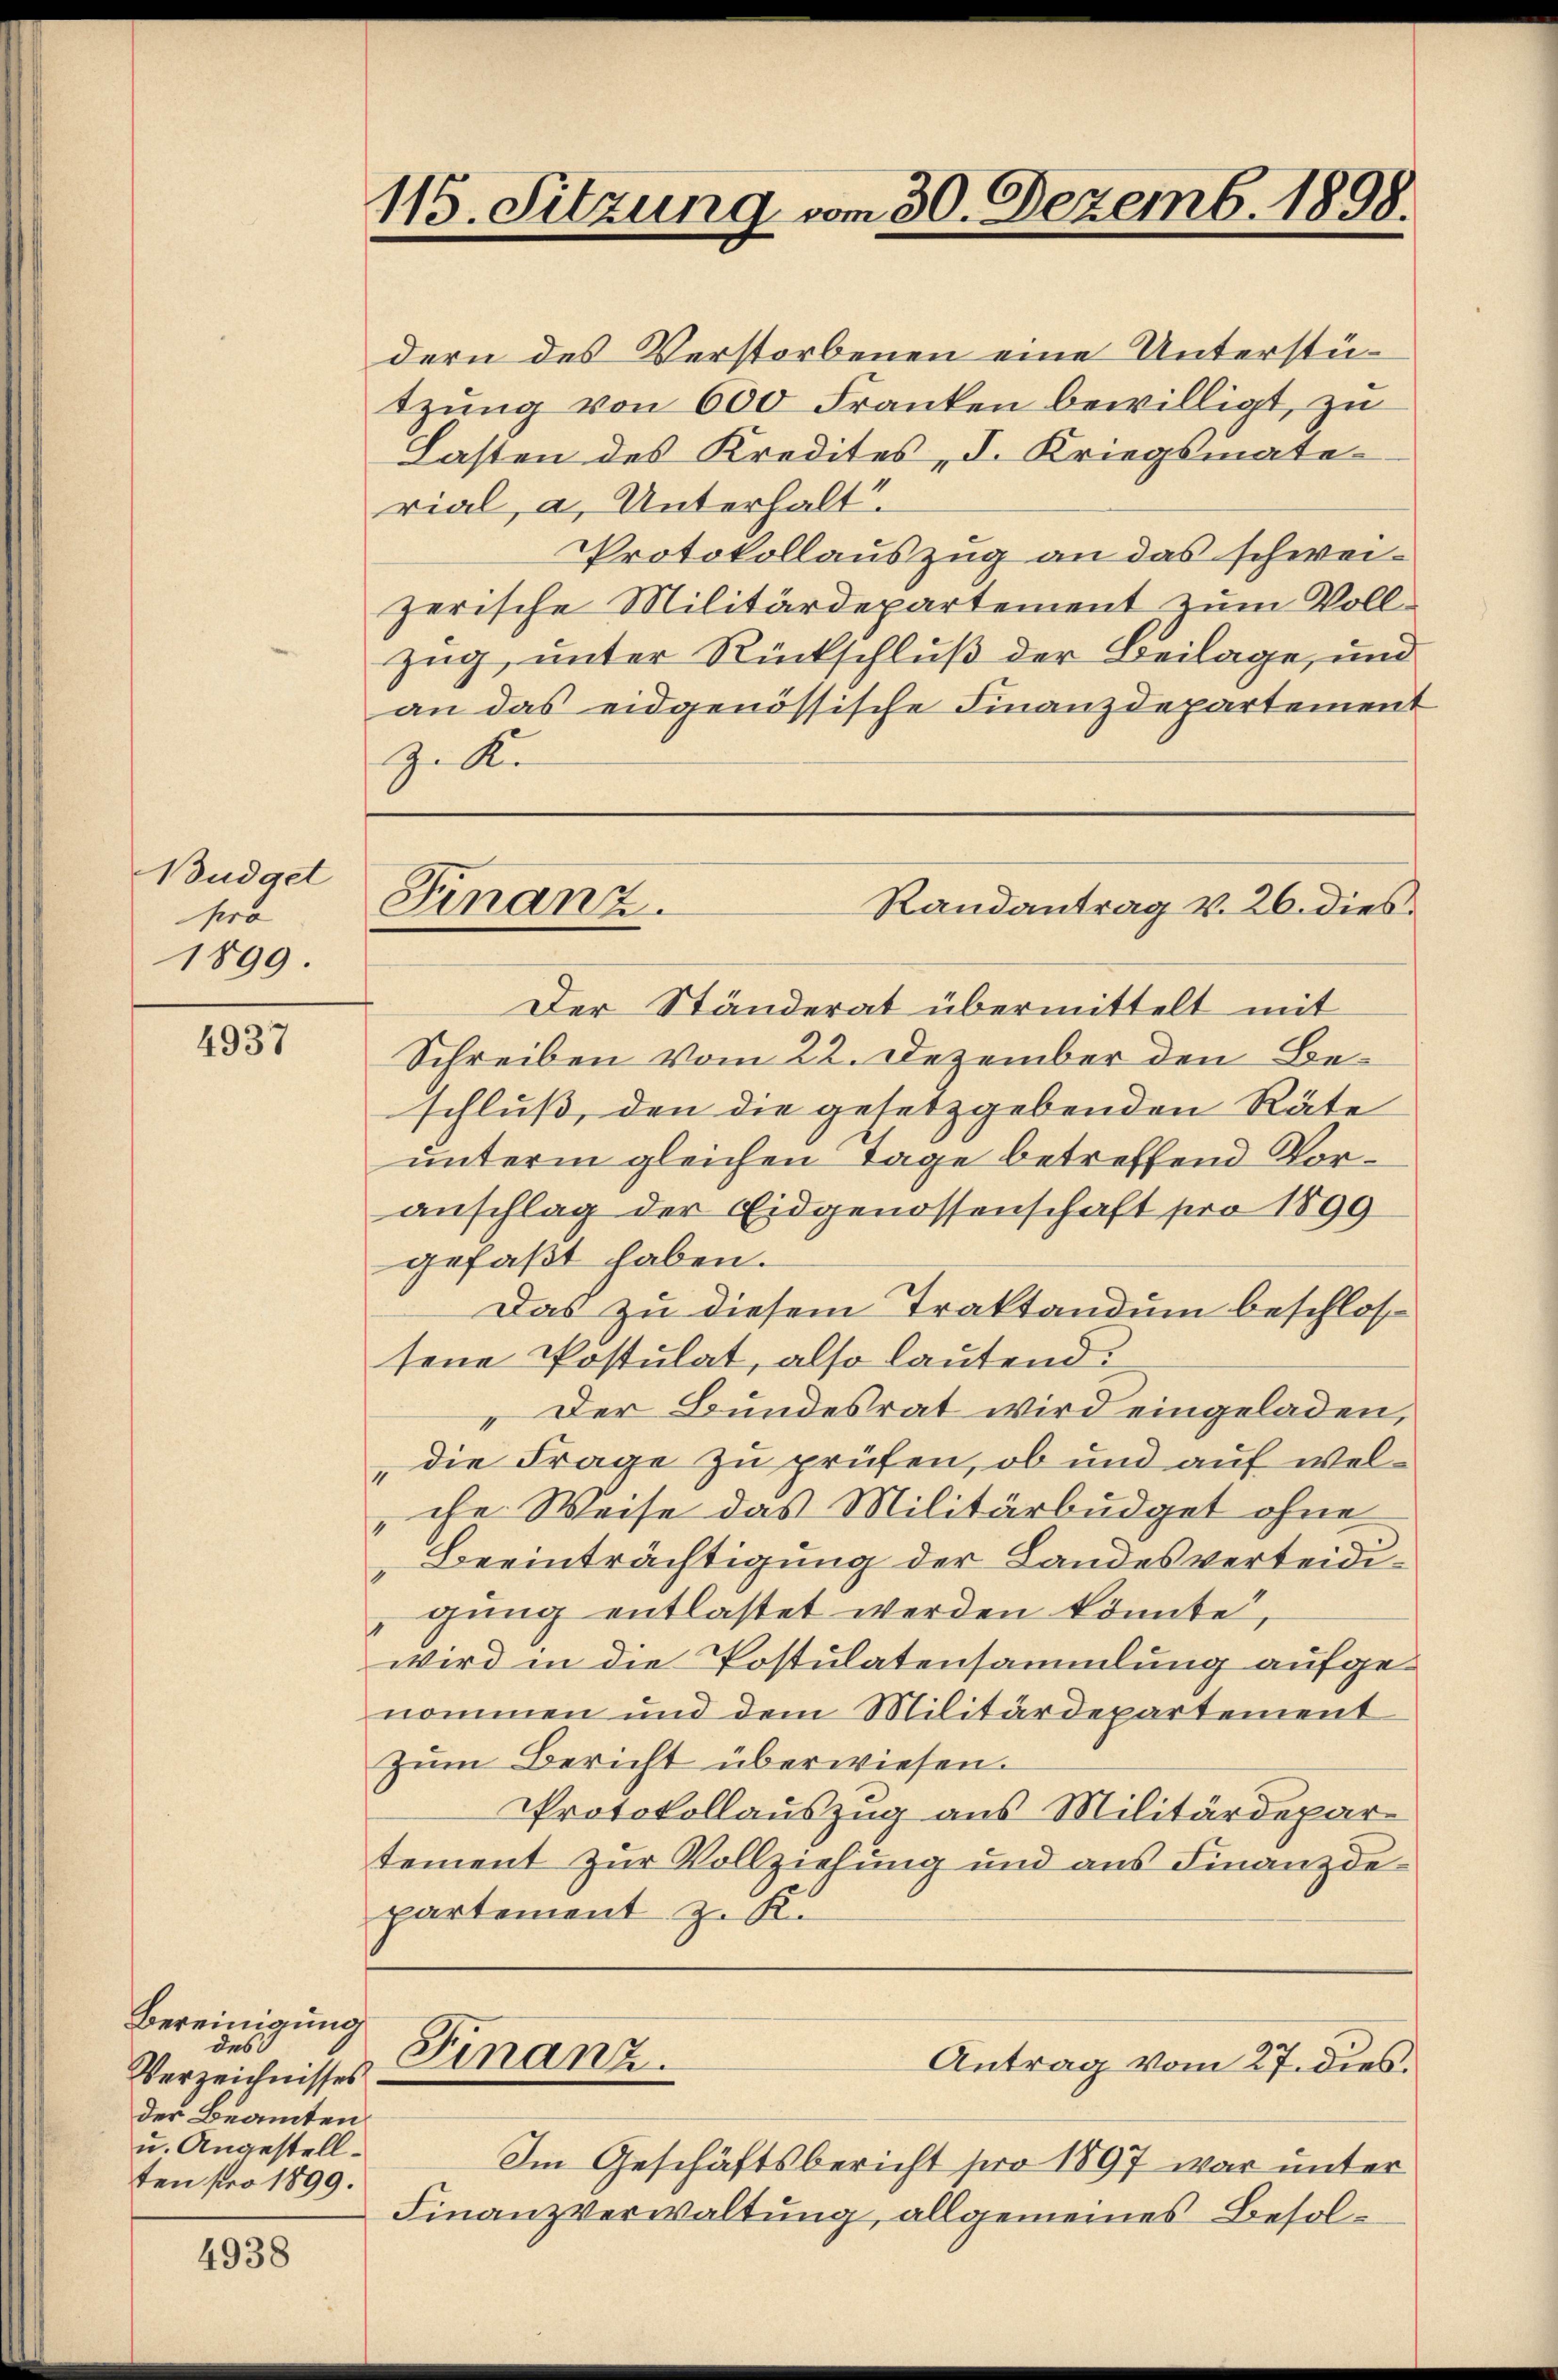
Büdget
sera
1899.

4937

Bereinigung
des
Verzeichnisses
der Beamten
u. Angestellten pro 1899.

4938

115. Sitzung vom 30. Dezemb. 1898.

Finanz
Randantrag v. 26. dies

dern des Verstorbenen eine Unterstützŭng von 600 Franken bewilligt, zu
Lasten des Kredites, d. Kriegsmaterial, a. Unterhalt.
Protokollauszug an das schweizerische Militärdepartement zum Vollzug, unter Rückschluß der Beilage, und
an das eidgenössische Finanzdepartement
zu Ke
Der Ständerat übermittelt mit
Schreiben vom 22. Dezember den Beschluß, den die gesetzgebenden Räte
unterm gleichen Tage betreffend Voranschlag der Eidgenossenschaft pro 1899
gefaßt haben.
Das zu diesem Traktandum beschlossene Postulat, also lautend:
" Der Bundesrat wird eingeladen,
,die Frage zu prüfen, ob und auf welche Weise das Militärbüdget ohne
Beeinträchtigung der Landesverteidigung entlastet werden könnte,
wird in die Postulatensammlung aufgenommen und dem Militärdepartement
Zum Bericht überwiesen.
Protokollauszug aus Militärdepartement zur Vollziehung und aus Finanzdepartement z. K.
Finanz.
Antrag vom 27. dies
Im Geschäftsbericht pro 1897 war unter
Finanzverwaltung, allgemeines Besol¬